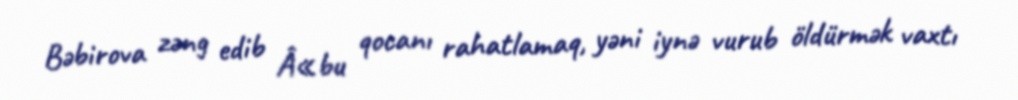
Bəbirova zəng edib Â«bu qocanı rahatlamaq, yəni iynə vurub öldürmək vaxtı